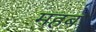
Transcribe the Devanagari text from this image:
महब